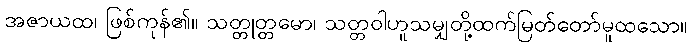
အဇာယထ၊ ဖြစ်ကုန်၏။ သတ္တုတ္တမော၊ သတ္တဝါဟူသမျှတို့ထက်မြတ်တော်မူထသော။